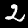
Digit: 2